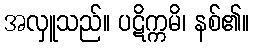
အလှူသည်။ ပဋိက္ကမိ၊ နစ်၏။